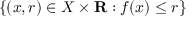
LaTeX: \left\{ ( x , r ) \in X \times \mathbf { R } : f ( x ) \leq r \right\}